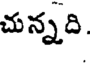
చున్నది.